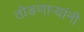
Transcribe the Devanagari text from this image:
तोडणार्‍यांनी